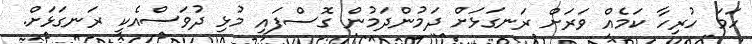
ހަމަ ހުރިހާ ކަމެއް ވަރަށް ރަނގަޅަށް ދަމުންދަމުން ގޮސްފައި މުޅި ދުވަސްއެކީ ރަނގަޅަށް.